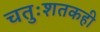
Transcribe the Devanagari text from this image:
चतुःशतकही